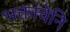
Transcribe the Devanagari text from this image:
भक्तांचेनि